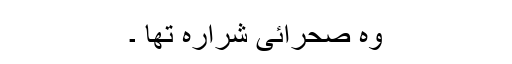
وہ صحرائی شرارہ تھا ۔